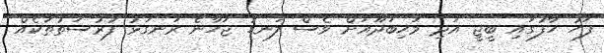
ފަހު ހާފުގައި ބީޖީ އަދި މަހިބަދޫއަށް ވެސް ލަނޑު ޖަހާނެ ރަނގަޅު ފުރުސަތުތަކެއް